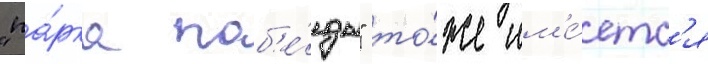
"па́рка поб'е́ды" то́же им'е́етс'я